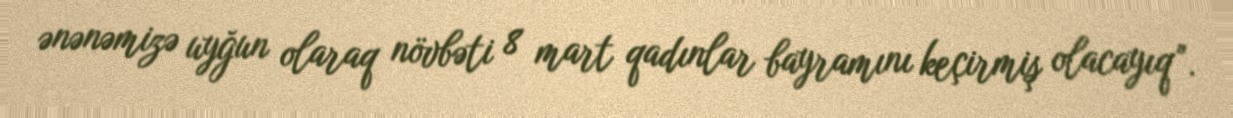
ənənəmizə uyğun olaraq növbəti 8 mart qadınlar bayramını keçirmiş olacayıq”.